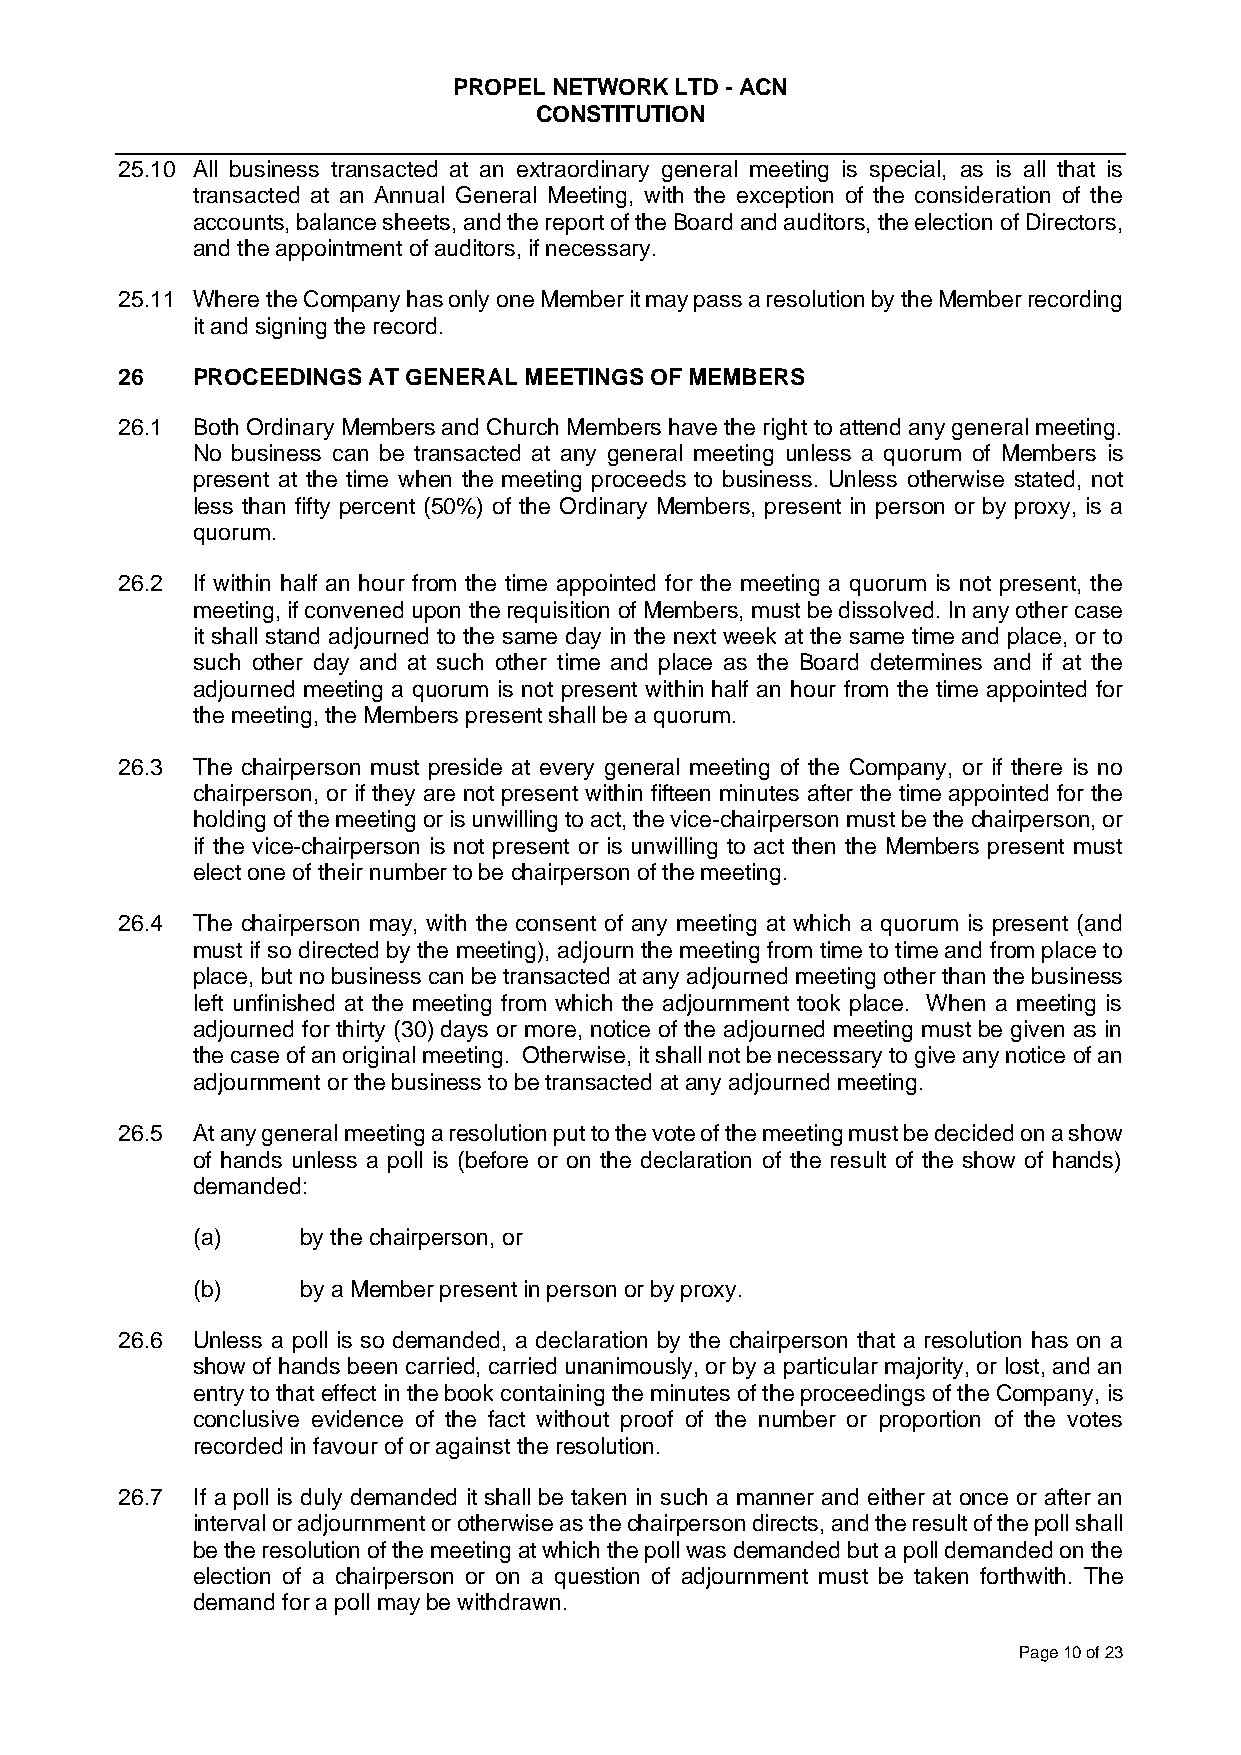
PROPEL NETWORK LTD - ACN
 CONSTITUTION
 25.10 All business transacted at an extraordinary general meeting is special, as is all that is
 transacted at an Annual General Meeting, with the exception of the consideration of the
 accounts, balance sheets, and the report of the Board and auditors, the election of Directors,
 and the appointment of auditors, if necessary.
 25.11 Where the Company has only one Member it may pass a resolution by the Member recording
 it and signing the record.
 26   PROCEEDINGS AT GENERAL MEETINGS OF MEMBERS
 26.1 Both Ordinary Members and Church Members have the right to attend any general meeting.
 No business can be transacted at any general meeting unless a quorum of Members is
 present at the time when the meeting proceeds to business. Unless otherwise stated, not
 less than fifty percent (50%) of the Ordinary Members, present in person or by proxy, is a
 quorum.
 26.2 If within half an hour from the time appointed for the meeting a quorum is not present, the
 meeting, if convened upon the requisition of Members, must be dissolved. In any other case
 it shall stand adjourned to the same day in the next week at the same time and place, or to
 such other day and at such other time and place as the Board determines and if at the
 adjourned meeting a quorum is not present within half an hour from the time appointed for
 the meeting, the Members present shall be a quorum.
 26.3 The chairperson must preside at every general meeting of the Company, or if there is no
 chairperson, or if they are not present within fifteen minutes after the time appointed for the
 holding of the meeting or is unwilling to act, the vice-chairperson must be the chairperson, or
 if the vice-chairperson is not present or is unwilling to act then the Members present must
 elect one of their number to be chairperson of the meeting.
 26.4 The chairperson may, with the consent of any meeting at which a quorum is present (and
 must if so directed by the meeting), adjourn the meeting from time to time and from place to
 place, but no business can be transacted at any adjourned meeting other than the business
 left unfinished at the meeting from which the adjournment took place. When a meeting is
 adjourned for thirty (30) days or more, notice of the adjourned meeting must be given as in
 the case of an original meeting. Otherwise, it shall not be necessary to give any notice of an
 adjournment or the business to be transacted at any adjourned meeting.
 26.5 At any general meeting a resolution put to the vote of the meeting must be decided on a show
 of hands unless a poll is (before or on the declaration of the result of the show of hands)
 demanded:
 (a)    by the chairperson, or
 (b)    by a Member present in person or by proxy.
 26.6 Unless a poll is so demanded, a declaration by the chairperson that a resolution has on a
 show of hands been carried, carried unanimously, or by a particular majority, or lost, and an
 entry to that effect in the book containing the minutes of the proceedings of the Company, is
 conclusive evidence of the fact without proof of the number or proportion of the votes
 recorded in favour of or against the resolution.
 26.7 If a poll is duly demanded it shall be taken in such a manner and either at once or after an
 interval or adjournment or otherwise as the chairperson directs, and the result of the poll shall
 be the resolution of the meeting at which the poll was demanded but a poll demanded on the
 election of a chairperson or on a question of adjournment must be taken forthwith. The
 demand for a poll may be withdrawn.
 Page 10 of 23